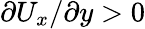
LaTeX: \partial U_{x}/\partial y>0